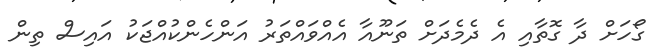
ގޯހަށް ދާ ގޮތާއި އެ ދެމެދަށް ތަނޫއާ އެއްވައްތަަރު އަންހެންކުއްޖަކު އައިސް ތިން